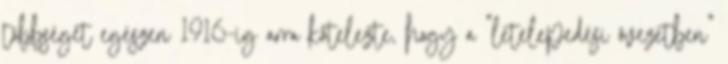
többségét egészen 1916-ig arra kötelezte, hogy a "letelepedési övezetben"